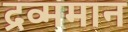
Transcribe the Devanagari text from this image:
द्रव्ममान